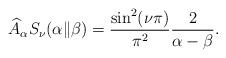
LaTeX: \begin{align*}&{\widehat A}_\alpha S_{\nu}(\alpha\Vert\beta)=\frac{\sin ^2 (\nu \pi)}{\pi ^2}\frac{2}{\alpha-\beta}.\end{align*}